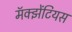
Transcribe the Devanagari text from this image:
मॅक्झेंटियस